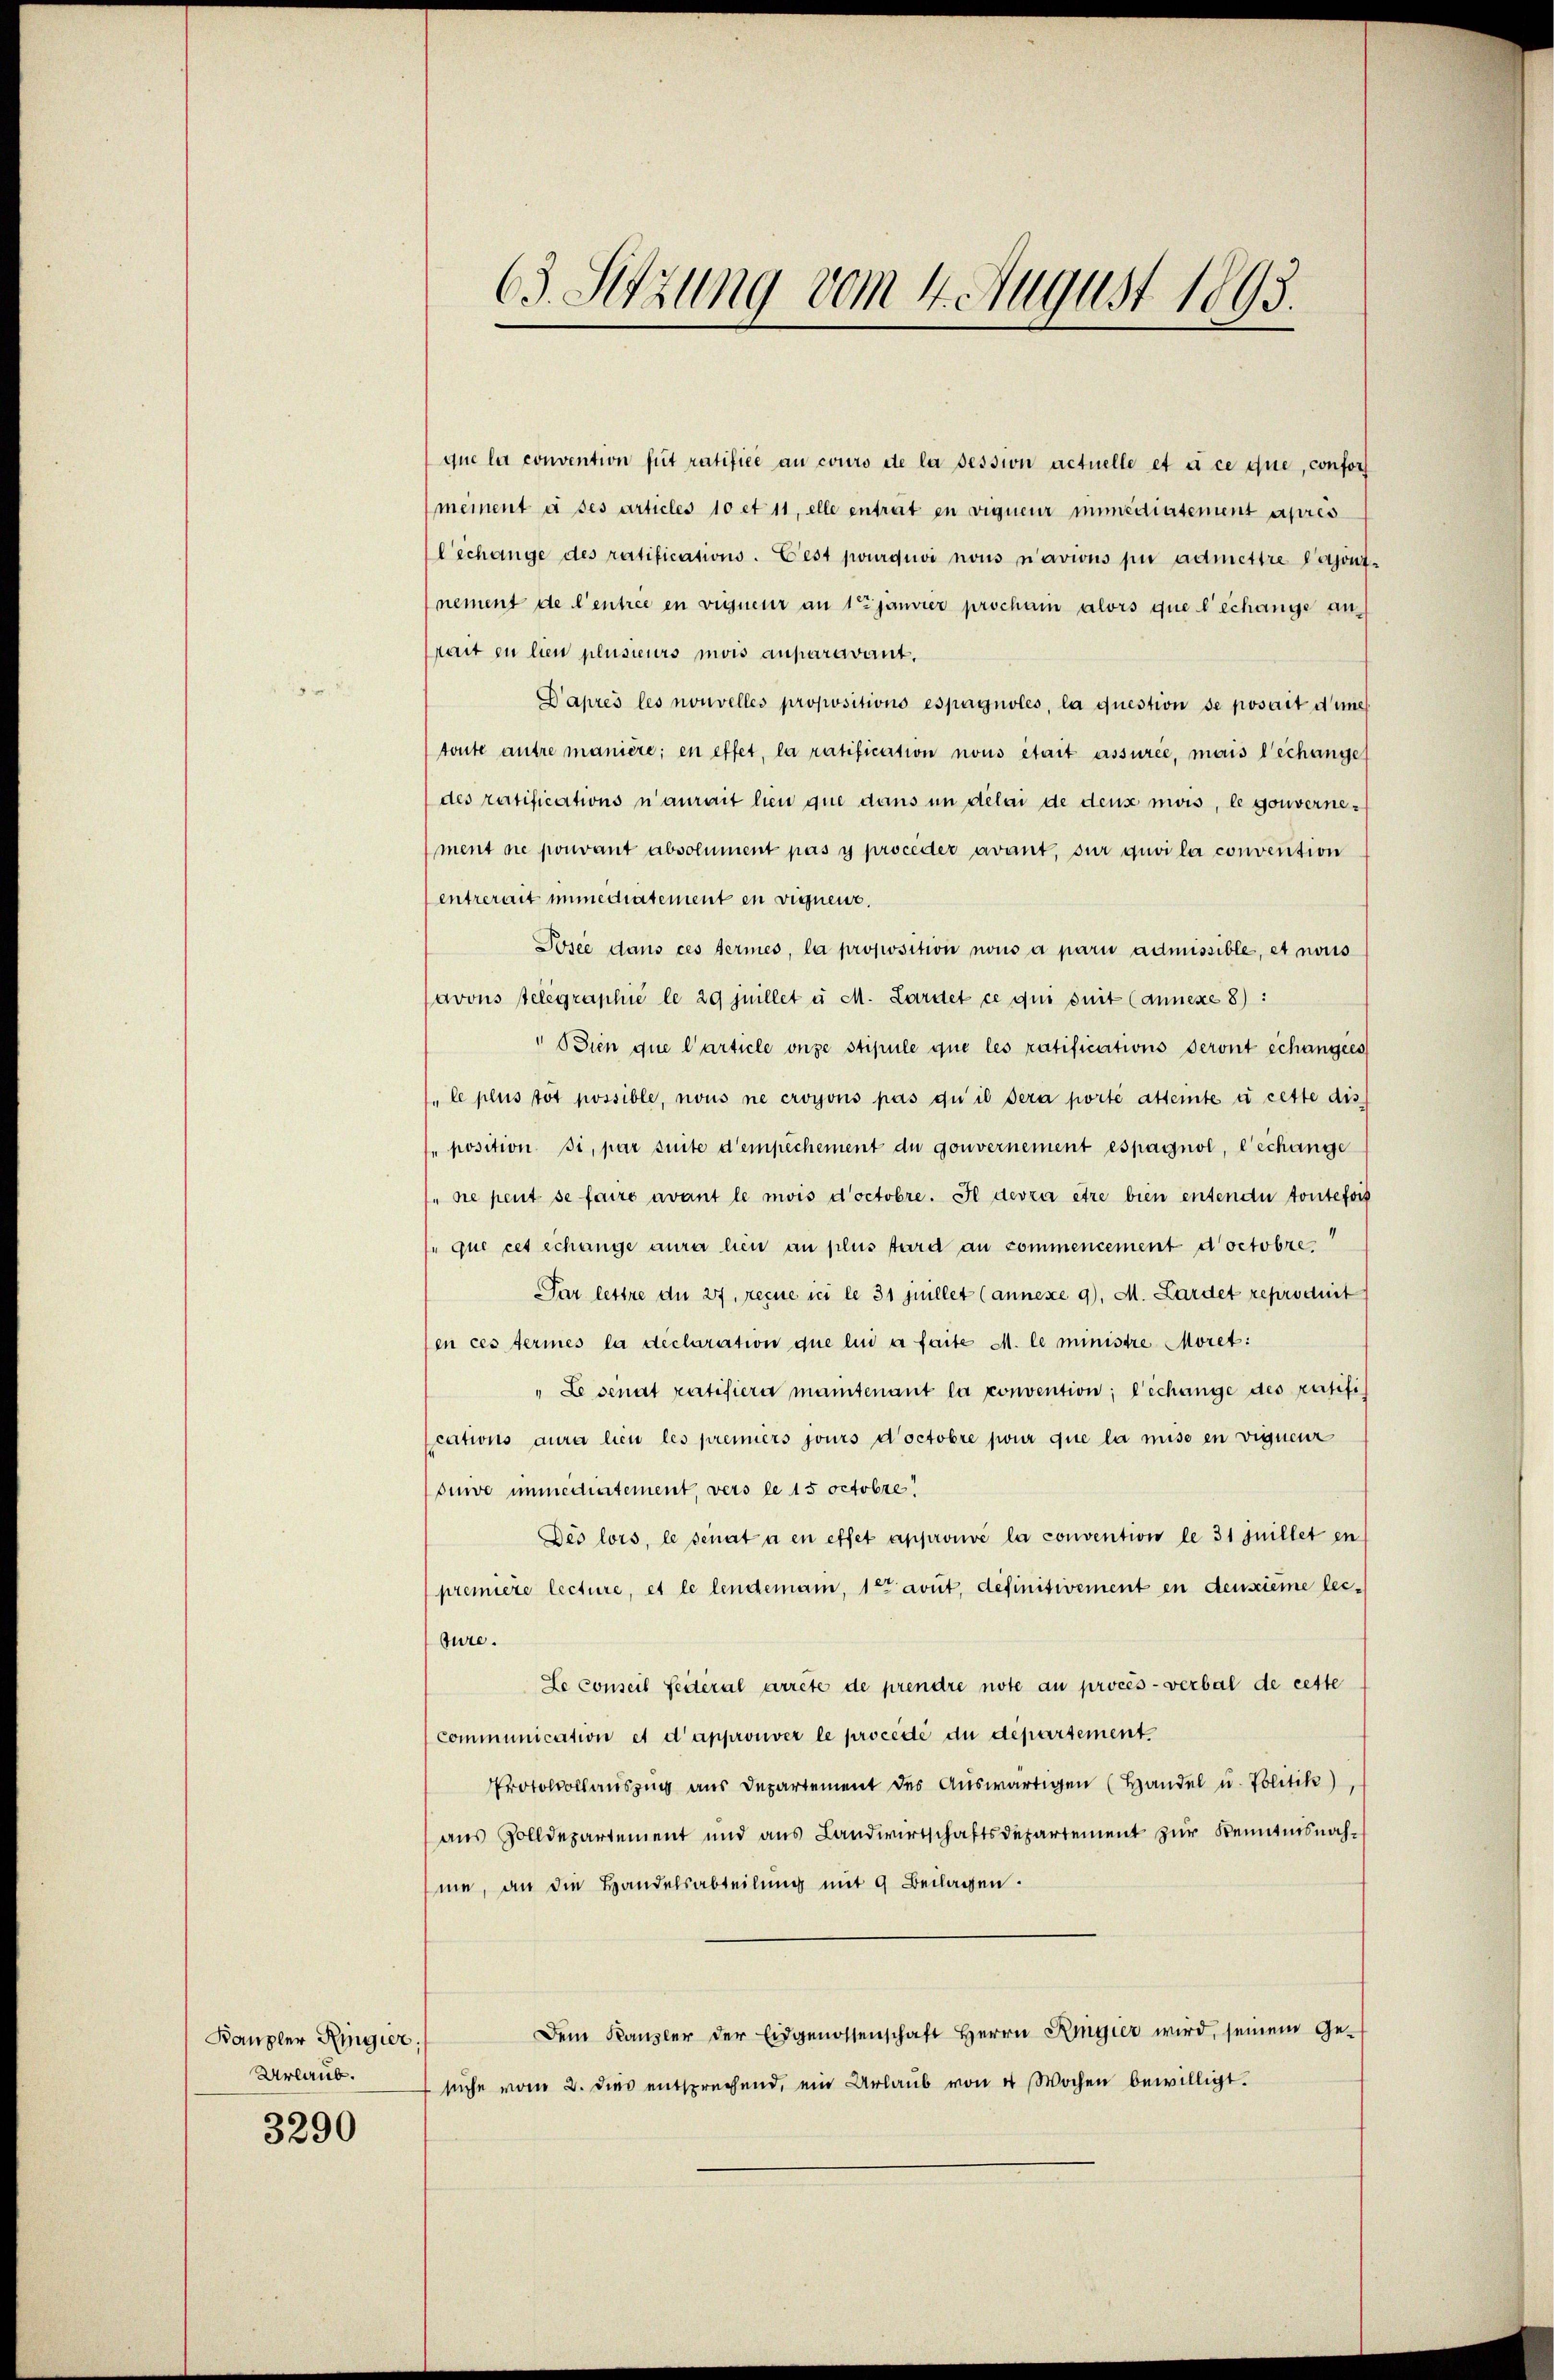
Kanzler Ringier,
Urlaub.
3290

63. Sitzung vom 4. August 1893.

que la convention fut ratifice au couro ete la pession actuelle et à ce que, confor
mement à ses articles 10 et 11, elle entrat in vigneur immediatement apres
lechange des ratifications. Cest pourquvi nous navions für admettre Bajont-
nement de l’entrée en vigueur an 1t Jänner procham alors que l’echange an-
Prait in lien plusieurs mois auparavant.
Paprès les nouvelles propositions espagnolés, la question se posait eine
toute antre manière; en effet, la ratification nous était assurée, mais l’échange
des ratifications n’aurait lieu que dans in delai de deux mois, le gouvernement ne pouvant absolument pas y proceder avant, sur quvi la convention
entrerait immediatement en vignenz.
Josée dans ces fermés, la proposition nous a parii admissible, et nous
avous stelegraphie le 29 Juillet u M. Lardet ce qui suit (Annexe 8):
" Sien que l’article onze stipule que les ratifications deront échangees
"le plus tot possible, nous ne croyons pas qu’ il sera porté attente à cette dis
se position si, par suite d’empechement du gouvernement espagnol, l’echange
" ne peut se faire avant le mois doctobre. Il devra être bien entende toutefois
que cet échange aura hien an plus tard an commencement doctobre.
Par lettre du 27. reçue in le 31 Juillet (annexe 9), M. Lardet reproduit
en ces termes la déclaration que lui a faite M. le ministre Moret:
" Le senat ratifiera mantenant la convention; l’échange des ratifications aura lieu les premiers jours doctobre pour que la mise en vigneur
dure immediatement, vers le 15 octobre!
Dés lors, le senat à en effet approuvé la convention le 31 Juillet en
première lecture, et le lendemann, 1te avut, definitivement en deuxième leiture.
Le conseil feiteral arrete de prendre note au procès-verbal de cette
Communication et d’approuver le procede du departement
Protokollauszug aus Departement des Aŭswärtigen (Handel u. Politik),
aus Zolldepartement und aus Landwirtschaftsdepartement zur Kenntnisnahme, an die Handelsabteilŭng mit 9 Beilagen.
Dem Kanzler der Eidgenossenschaft Herrn Ringier wird, seinem Ge-
suche vom 2. dies entsprechend, ein Urlaŭb von 4 Wochen bewilligt.